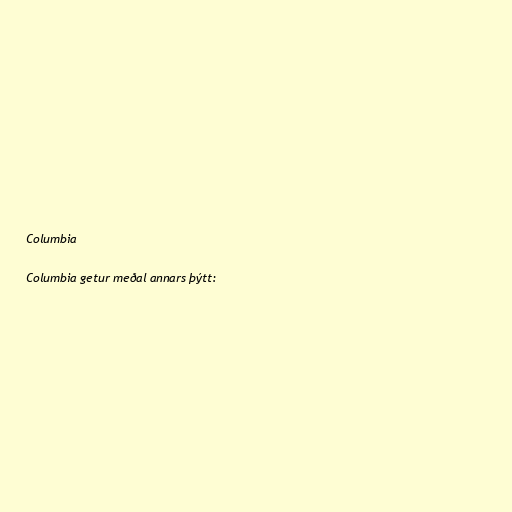
Columbia

Columbia getur meðal annars þýtt: